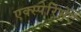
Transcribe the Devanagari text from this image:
एक्स्पेरिमेंट